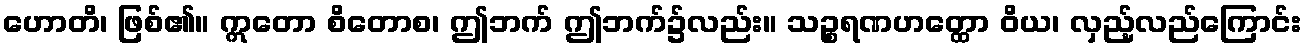
ဟောတိ၊ ဖြစ်၏။ ဣတော စိတောစ၊ ဤဘက် ဤဘက်၌လည်း။ သဉ္စရဏဟတ္ထော ဝိယ၊ လှည့်လည်ကြောင်း